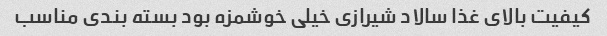
کیفیت بالای غذا سالاد شیرازی خیلی خوشمزه بود بسته بندی مناسب